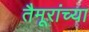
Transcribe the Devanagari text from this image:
तैमूरांच्या